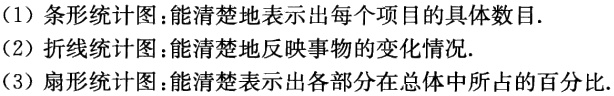
（1）条形统计图：能清楚地表示出每个项目的具体数目.
（2）折线统计图：能清楚地反映事物的变化情况.
（3）扇形统计图：能清楚表示出各部分在总体中所占的百分比.